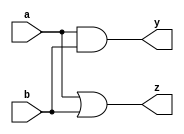
module combinational_logic (
    input wire a,      // Input signal a
    input wire b,      // Input signal b
    output reg y,      // Output signal y
    output reg z       // Output signal z
);
    
// Always block to describe combinational logic
always @ (a or b) begin
    // Using blocking assignments to update outputs based on inputs
    y = a & b;        // AND operation
    z = a | b;        // OR operation
end

endmodule